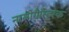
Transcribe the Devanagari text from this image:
नासोगैस्ट्रिक